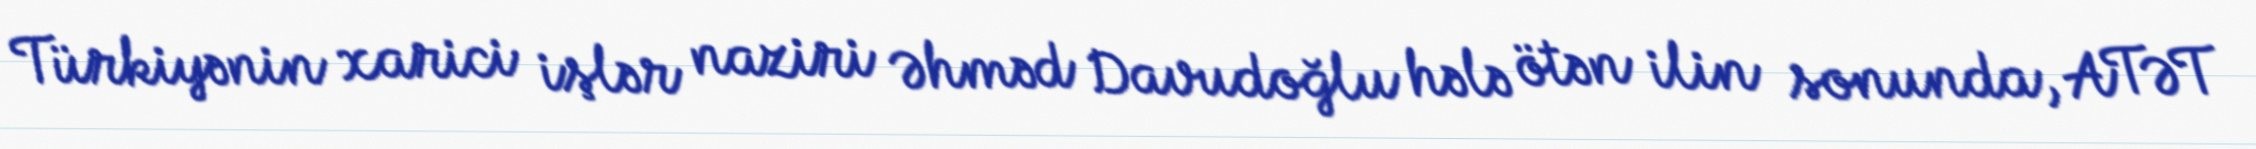
Türkiyənin xarici işlər naziri Əhməd Davudoğlu hələ ötən ilin sonunda, ATƏT